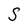
Character: S